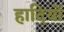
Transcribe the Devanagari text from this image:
हादियों